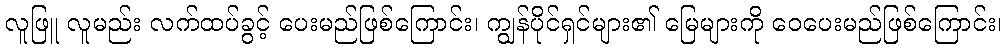
လူဖြူ လူမည်း လက်ထပ်ခွင့် ပေးမည်ဖြစ်ကြောင်း၊ ကျွန်ပိုင်ရှင်များ၏ မြေများကို ဝေပေးမည်ဖြစ်ကြောင်း၊